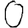
Digit: 0